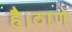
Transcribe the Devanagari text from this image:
है।ठाणे